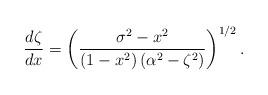
LaTeX: \begin{align*}\frac{d\zeta}{dx}=\left( {\frac{\sigma^{2}-x^{2}}{\left( {1-x^{2}}\right)\left( {\alpha^{2}-\zeta^{2}}\right) }}\right) ^{1/2}. \end{align*}